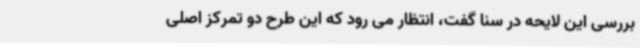
بررسی این لایحه در سنا گفت، انتظار می رود که این طرح دو تمرکز اصلی